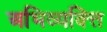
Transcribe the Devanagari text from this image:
अभिव्यक्त्ति